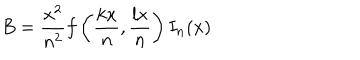
B = \frac { x ^ { 2 } } { n ^ { 2 } } f \left( \frac { k x } { n } , \frac { l x } { n } \right) I _ { n } ( x )